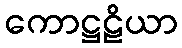
ကောဋ္ဌဠိယာ